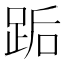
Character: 𰸋